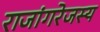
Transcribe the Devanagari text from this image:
राजांगरेजस्य